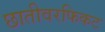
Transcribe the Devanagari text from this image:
छातीवरफिकट